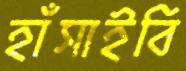
হাঁসাইবি